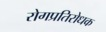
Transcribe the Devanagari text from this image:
रोगप्रतिरोधक